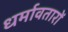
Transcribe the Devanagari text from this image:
धर्मावतारों